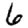
Digit: 6